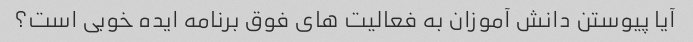
آیا پیوستن دانش آموزان به فعالیت های فوق برنامه ایده خوبی است؟